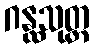
ဂန္ထသုတ္တ